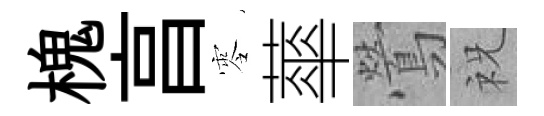
槐亯零蕐鶯祝